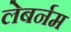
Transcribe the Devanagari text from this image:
लेबर्नम